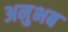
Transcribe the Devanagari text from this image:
अनुभब